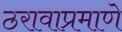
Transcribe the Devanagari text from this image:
ठरावाप्रमाणे